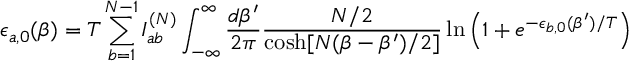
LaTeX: \epsilon _ { a , 0 } ( \beta ) = T \sum _ { b = 1 } ^ { N - 1 } I _ { a b } ^ { ( N ) } \int _ { - \infty } ^ { \infty } \frac { d \beta ^ { \prime } } { 2 \pi } \frac { N / 2 } { \cosh [ N ( \beta - \beta ^ { \prime } ) / 2 ] } \ln \left( 1 + e ^ { - \epsilon _ { b , 0 } ( \beta ^ { \prime } ) / T } \right)